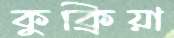
কুক্রিয়া